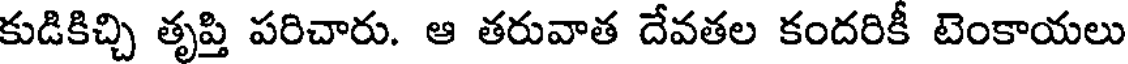
కుడికిచ్చి తృప్తి పరిచారు. ఆ తరువాత దేవతల కందరికీ టెంకాయలు